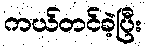
ကယ်တင်ခဲ့ပြီး